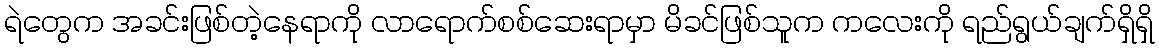
ရဲတွေက အခင်းဖြစ်တဲ့နေရာကို လာရောက်စစ်ဆေးရာမှာ မိခင်ဖြစ်သူက ကလေးကို ရည်ရွယ်ချက်ရှိရှိ